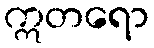
ဣတရော